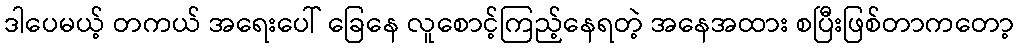
ဒါပေမယ့် တကယ် အရေးပေါ် ခြေနေ လူစောင့်ကြည့်နေရတဲ့ အနေအထား စပြီးဖြစ်တာကတော့